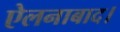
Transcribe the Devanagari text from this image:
ऐलनाबाद।